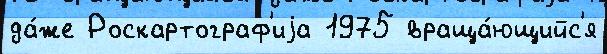
да́же Роскартограф'иjа 1975 враща́ющийс'я